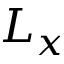
L _ { x }